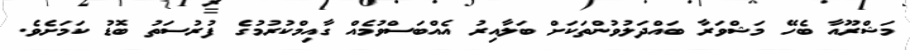
މަޝްރޫއާ ބެހޭ މަޝްވަރާ ބައްދަލުވުންތަކަށް ބަލާއިރު އެއްބަސްވުމެއް ގާއިމްކުރުމުގެ ފުރުސަތު ބޮޑު ކަމަށެވެ.